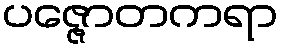
ပဇ္ဇောတကရာ